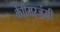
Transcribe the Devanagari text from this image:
केाीमरजंसी